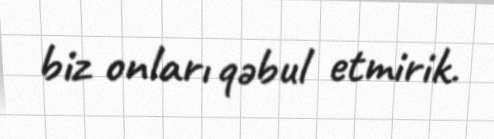
biz onları qəbul etmirik.